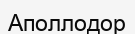
Аполлодор